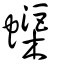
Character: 蟝